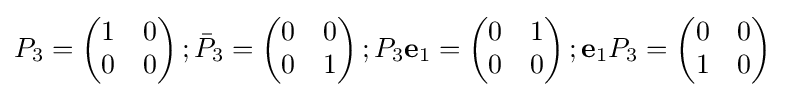
{P_{3}}={\begin{pmatrix}1&0\\0&0\end{pmatrix}}\,;{\bar {P}}_{3}={\begin{pmatrix}0&0\\0&1\end{pmatrix}}\,;{P_{3}}\mathbf {e} _{1}={\begin{pmatrix}0&1\\0&0\end{pmatrix}}\,;\mathbf {e} _{1}{P}_{3}={\begin{pmatrix}0&0\\1&0\end{pmatrix}}